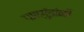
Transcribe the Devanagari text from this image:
गावगुंडांनी